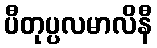
ပီတုပ္ပလမာလိနီ